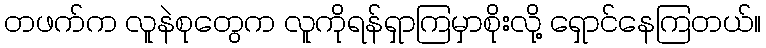
တဖက်က လူနဲစုတွေက လူကိုရန်ရှာကြမှာစိုးလို့ ရှောင်နေကြတယ်။